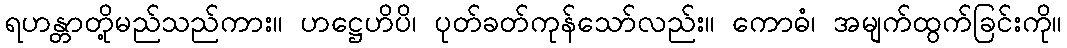
ရဟန္တာတို့မည်သည်ကား။ ဟဋ္ဌေဟိပိ၊ ပုတ်ခတ်ကုန်သော်လည်း။ ကောဓံ၊ အမျက်ထွက်ခြင်းကို။